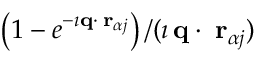
\left( 1 - e ^ { - \imath { \bf q } \cdot { \bf \delta r } _ { \alpha j } } \right) / ( \imath \, { \bf q } \cdot { \bf \delta r } _ { \alpha j } )